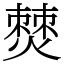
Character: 𤏡